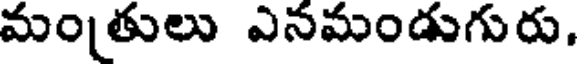
మంతులు ఎనమండుగురు.